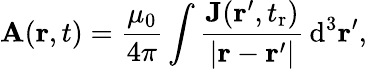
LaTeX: \mathbf A(\mathbf r,t)=\frac{\mu_{0}}{4\pi}\int\frac{\mathbf J(\mathbf r^{\prime},t_{\mathrm r})}{|\mathbf r-\mathbf r^{\prime}|}\, \mathrm{d}^{3}\mathbf r^{\prime},